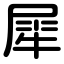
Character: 犀